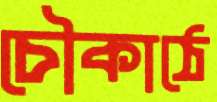
চৌকাঠে